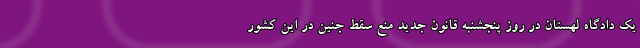
یک دادگاه لهستان در روز پنجشنبه قانون جدید منع سقط جنین در این کشور